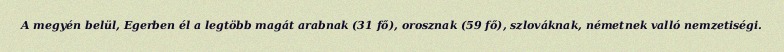
A megyén belül, Egerben él a legtöbb magát arabnak (31 fő), orosznak (59 fő), szlováknak, németnek valló nemzetiségi.